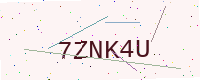
Text: 7ZNK4U